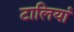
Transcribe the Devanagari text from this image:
टालियां